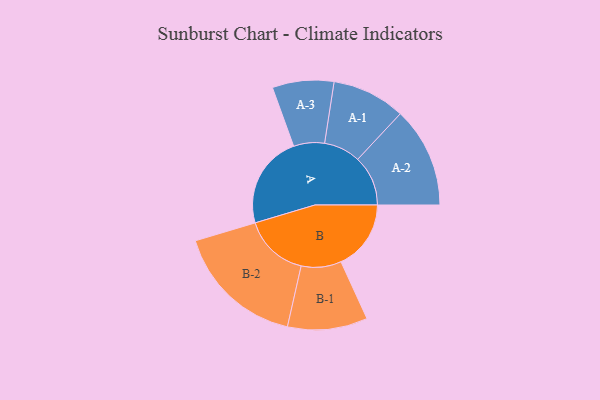
{"axis": {"x": "Segment", "y": "Value"}, "legend": ["", "A", "B"], "data": [{"x": "A", "y": 362, "type": ""}, {"x": "B", "y": 273, "type": ""}, {"x": "A-1", "y": 143, "type": "A"}, {"x": "A-2", "y": 196, "type": "A"}, {"x": "A-3", "y": 120, "type": "A"}, {"x": "B-1", "y": 156, "type": "B"}, {"x": "B-2", "y": 253, "type": "B"}]}